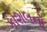
કોશલનો